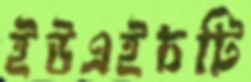
ইউএইচটি